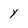
Character: y